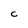
Character: c